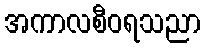
အကာလစီဝရသညာ